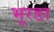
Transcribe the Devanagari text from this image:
भूरङा